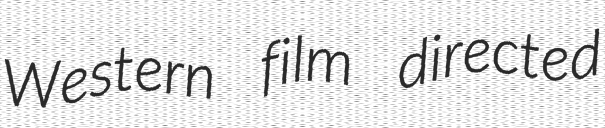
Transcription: Western film directed